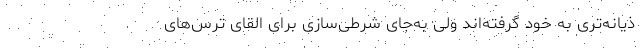
ذیانه‌تری به خود گرفته‌اند ولی به‌جای شرطی‌سازی برای القای ترس‌های